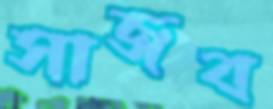
সাজব